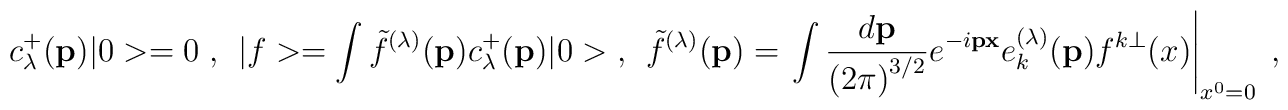
c_\lambda^{+}({\bf p})|0> = 0\;,~~|f> = \int{\tilde f}^{(\lambda)}({\bf p)}c_\lambda^{+}({\bf p)}|0>\;,~~{\tilde f}^{(\lambda)}({\bf p)} = \left.\int\frac{d{\bf p}}{\left(2\pi\right)^{3/2}}e^{-i{\bf px}}e^{(\lambda)}_k({\bf p})f^{k\perp}(x)\right|_{x^0= 0}\;,